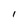
Character: 1